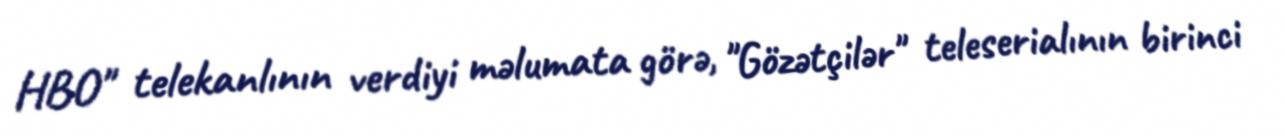
HBO" telekanlının verdiyi məlumata görə, "Gözətçilər" teleserialının birinci